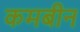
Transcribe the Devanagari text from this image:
कमबीन